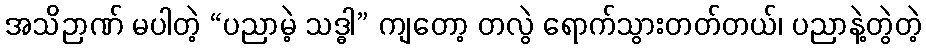
အသိဉာဏ် မပါတဲ့ “ပညာမဲ့ သဒ္ဓါ” ကျတော့ တလွဲ ရောက်သွားတတ်တယ်၊ ပညာနဲ့တွဲတဲ့